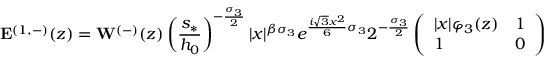
\mathbf { E } ^ { ( 1 , - ) } ( z ) = \mathbf { W } ^ { ( - ) } ( z ) \left( \frac { s _ { * } } { h _ { 0 } } \right) ^ { - \frac { \sigma _ { 3 } } { 2 } } | x | ^ { { \beta } \sigma _ { 3 } } e ^ { \frac { i \sqrt { 3 } x ^ { 2 } } { 6 } \sigma _ { 3 } } 2 ^ { - \frac { \sigma _ { 3 } } { 2 } } \left( \begin{array} { l l } { | x | \varphi _ { 3 } ( z ) } & { 1 } \\ { 1 } & { 0 } \end{array} \right)